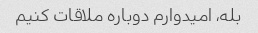
بله، امیدوارم دوباره ملاقات کنیم